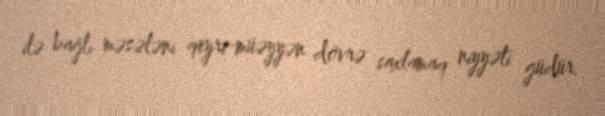
ilə bağlı məsələni qeyri-müəyyən dövrə saxlamaq niyyəti güdür.